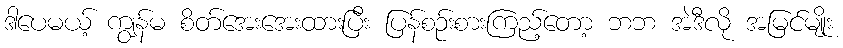
ဒါပေမယ့် ကျွန်မ စိတ်အေးအေးထားပြီး ပြန်စဉ်းစားကြည့်တော့ ဘဘ အဲဒီလို အမြင်မျိုး